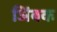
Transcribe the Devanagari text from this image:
ञिंबक